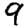
Digit: 9